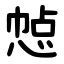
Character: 㥈